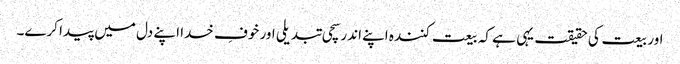
اور بیعت کی حقیقت یہی ہے کہ بیعت کنندہ اپنے اندر سچی تبدیلی اور خوفِ خدا اپنے دل میں پیدا کرے۔